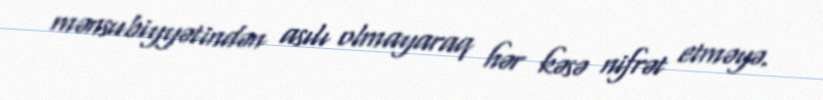
mənsubiyyətindən asılı olmayaraq hər kəsə nifrət etməyə.